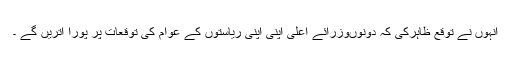
انہوں نے توقع ظاہرکی کہ دونوںوزرائے اعلی اپنی اپنی ریاستوں کے عوام کی توقعات پر پورا اتریں گے ۔